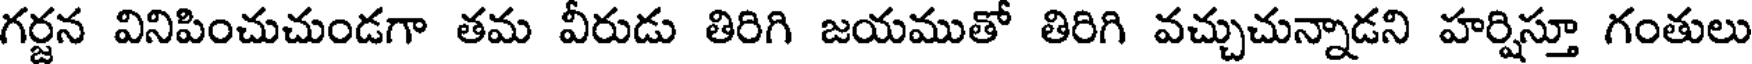
గర్జన వినిపించుచుండగా తమ వీరుడు తిరిగి జయముతో తిరిగి వచ్చుచున్నాడని హర్షిస్తూ గంతులు